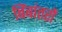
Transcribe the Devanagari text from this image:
बिंबांतरों